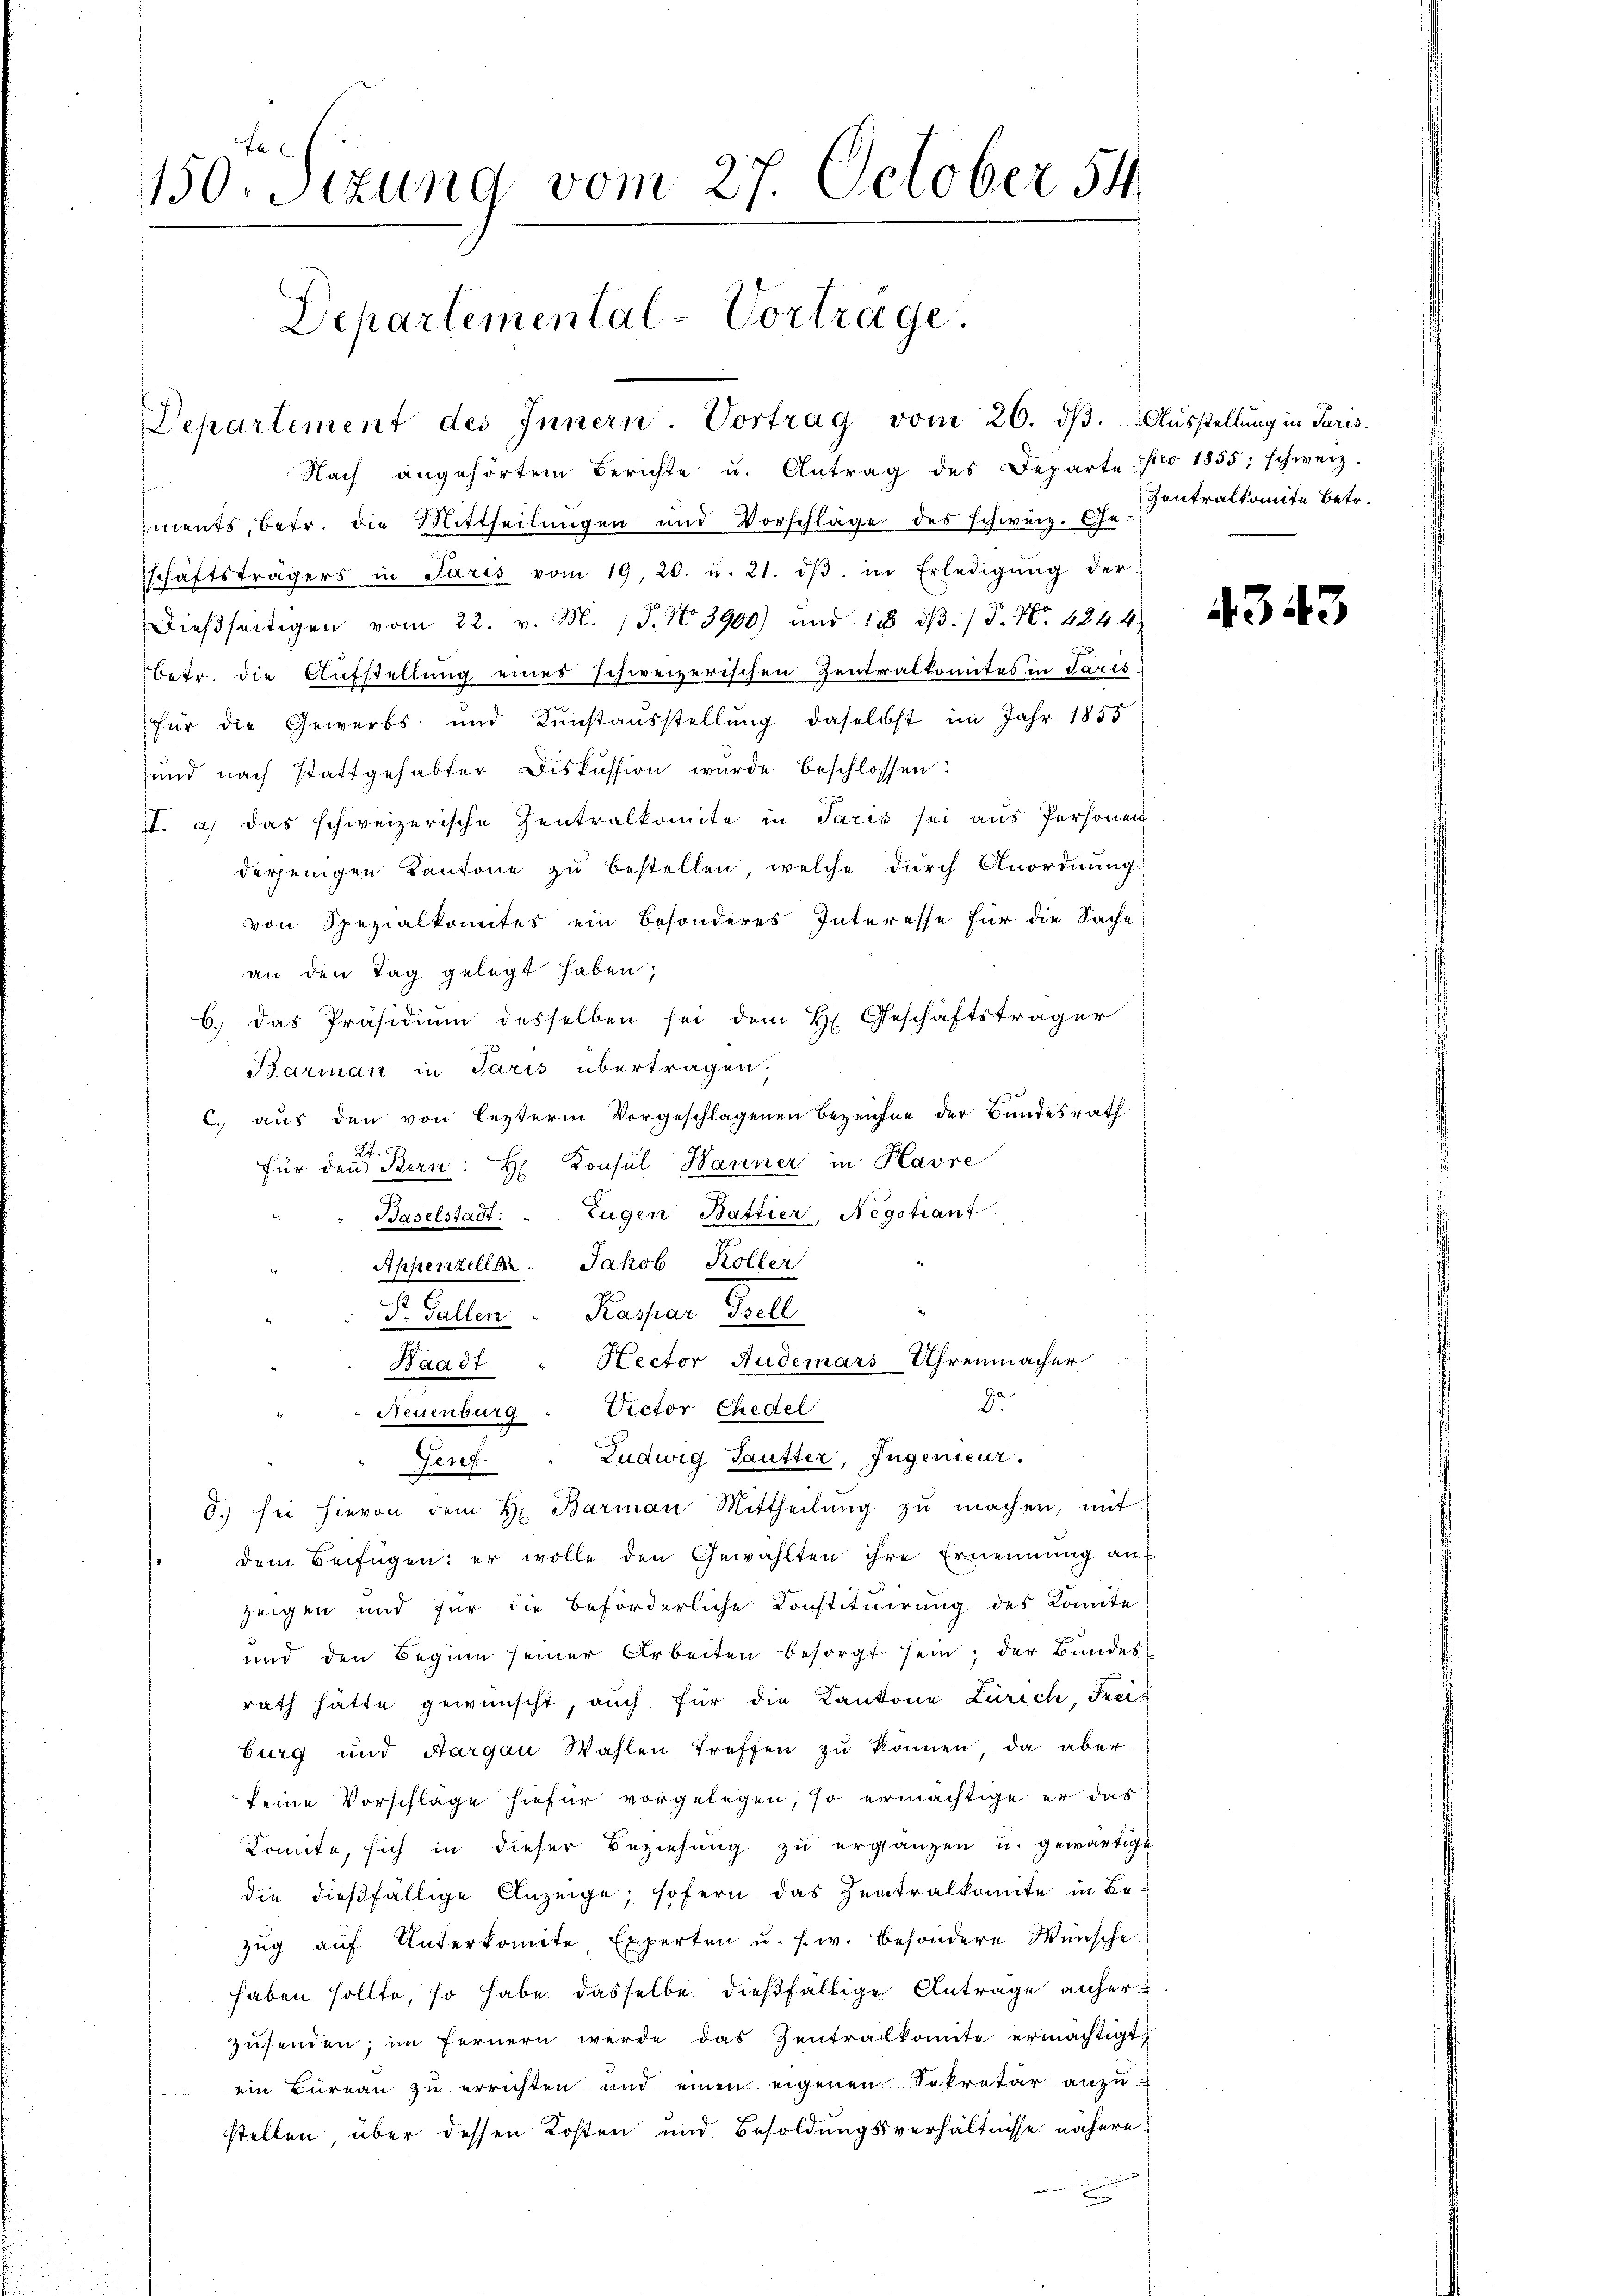
150. Sizung vom 27. October 54
Departemental-Vortrage.
Departement des Innern. Vortrag vom 26. dβ. Aŭsstellŭng in Paris.

Nach angehörtem Berichte u. Antrag des Departe pro 1855; schweiz.
r
iments, betr. die Mittheilungen und Vorschläge des schweiz. Ge-
schaftsträgers in Paris vom 19. 26. u. 21. dβ. in Erledigŭng der
Dieβseitigen vom 22. v. M. J. No. 3900) und 118 dβ:/ P. Nr. 4244
betr. die Aufstellung eines schweizerischen Zentralkomites in Paris
für die Gewerbs- und Kunstausstellung daselbst im Jahr 1855
und nach stattgehabter Diskussion wurde beschlossen:
II. a) das schweizerische Zentralkomite in Paris sei aus Personen
derjenigen Kantone zu bestellen, welche durch Anordnung
von Spezialkomites ein besonderes Interesse für die Sache
an den Tag gelegt haben,
6.) Das Präsidium desselben sei dem H. Geschäftsträger
Barman in Paris übertragen.
C., aus den von lezterm Vorgeschlagenen Bezeichne der Bundesrath
2t.
Konsul Hanner in Havre
für den Bern: H
1
Baselstadt: " Eugen Battier, Negotiant.
Appenzelle. Jakob Köller
St. Gallen. Kaspar Prell
Rector Audemars Uhrenmacher
Waadt
da
Neuenburg " Victor Chedel
Ludwig Sautter, Ingenieur.
Fenf.
d. sei hievon dem H. Barman Mittheilŭng zŭ machen, mit
dem Beifügen: er wolle den Gewählten ihre Ernennung an
Zeigen und für die beförderliche Konstituirung des Komite
und den Beginn seiner Arbeiten besorgt sein; der Bundes
rath hätte gewünscht, auch für die Kantone Zürich, Freis
burg und Aargau Wahlen treffen zŭ können, da aber
keine Vorschläge hiefür vorgelegen, so ermächtige er das
Komite, sich in dieser Beziehung zu ergänzen u. gewärtigt
die dießfällige Anzeige, sofern das Zentralkomite in Bezŭg aŭf Unterkomite Experten u. s. w. besondere Wünsche
haben sollte, so habe dasselbe dießfällige Antrage anherzusenden; im fernern werde das Zentralkomite ermächtigt,
ein Büreau zu errichten und einen eigenen Sekretär anzu
stellen, über dessen Kosten und Besoldungsverhältnisse nähere

Zentralkomite betr.

4343